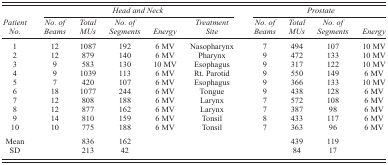
<table><thead><tr><td></td><td colspan="5"><b><i>Head and Neck</i></b></td><td colspan="4"><b><i>Prostate</i></b></td></tr><tr><td><b><i>Patient No</i>.</b></td><td><b><i>No. of Beams</i></b></td><td><b><i>Total MUs</i></b></td><td><b><i>No. of Segments</i></b></td><td><b><i>Energy</i></b></td><td><b><i>Treatment Site</i></b></td><td><b><i>No. of Beams</i></b></td><td><b><i>Total MUs</i></b></td><td><b><i>No. of Segments</i></b></td><td><b><i>Energy</i></b></td></tr></thead><tbody><tr><td>1</td><td>12</td><td>1087</td><td>192</td><td>6 MV</td><td>Nasopharynx</td><td>7</td><td>494</td><td>107</td><td>10 MV</td></tr><tr><td>2</td><td>12</td><td>879</td><td>140</td><td>6 MV</td><td>Pharynx</td><td>9</td><td>472</td><td>133</td><td>10 MV</td></tr><tr><td>3</td><td>9</td><td>583</td><td>130</td><td>10 MV</td><td>Esophagus</td><td>9</td><td>317</td><td>122</td><td>10 MV</td></tr><tr><td>4</td><td>9</td><td>1039</td><td>113</td><td>6 MV</td><td>Rt. Parotid</td><td>9</td><td>550</td><td>149</td><td>6 MV</td></tr><tr><td>5</td><td>7</td><td>420</td><td>107</td><td>6 MV</td><td>Esophagus</td><td>9</td><td>366</td><td>133</td><td>10 MV</td></tr><tr><td>6</td><td>18</td><td>1077</td><td>244</td><td>6 MV</td><td>Tongue</td><td>9</td><td>438</td><td>128</td><td>6 MV</td></tr><tr><td>7</td><td>12</td><td>808</td><td>188</td><td>6 MV</td><td>Larynx</td><td>7</td><td>572</td><td>108</td><td>6 MV</td></tr><tr><td>8</td><td>12</td><td>877</td><td>162</td><td>6 MV</td><td>Larynx</td><td>7</td><td>387</td><td>98</td><td>6 MV</td></tr><tr><td>9</td><td>14</td><td>810</td><td>159</td><td>6 MV</td><td>Tonsil</td><td>8</td><td>433</td><td>117</td><td>6 MV</td></tr><tr><td>10</td><td>10</td><td>775</td><td>188</td><td>6 MV</td><td>Tonsil</td><td>7</td><td>363</td><td>96</td><td>6 MV</td></tr><tr><td>Mean</td><td></td><td>836</td><td>162</td><td></td><td></td><td></td><td>439</td><td>119</td><td></td></tr><tr><td>SD</td><td></td><td>213</td><td>42</td><td></td><td></td><td></td><td>84</td><td>17</td><td></td></tr></tbody></table>